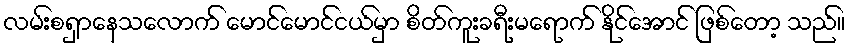
လမ်းစရှာနေသလောက် မောင်မောင်ငယ်မှာ စိတ်ကူးခရီးမရောက် နိုင်အောင် ဖြစ်တော့ သည်။